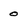
Character: 0